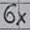
Text: 6X